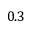
0 . 3